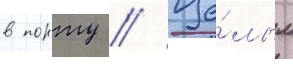
в порту // Це́лым